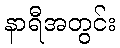
နာရီအတွင်း